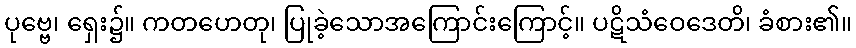
ပုဗ္ဗေ၊ ရှေး၌။ ကတဟေတု၊ ပြုခဲ့သောအကြောင်းကြောင့်။ ပဋိသံဝေဒေတိ၊ ခံစား၏။